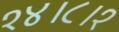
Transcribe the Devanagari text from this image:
१४।८।१